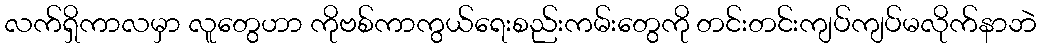
လက်ရှိကာလမှာ လူတွေဟာ ကိုဗစ်ကာကွယ်ရေးစည်းကမ်းတွေကို တင်းတင်းကျပ်ကျပ်မလိုက်နာဘဲ